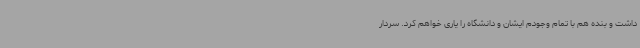
داشت و بنده هم با تمام وجودم ایشان و دانشگاه را یاری خواهم کرد. سردار